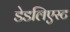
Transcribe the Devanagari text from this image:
डेडलिएस्ट